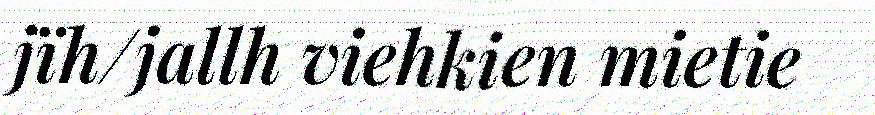
jïh/jallh viehkien mietie